Annual report on the mental hospital in the Central Provinces and Berar (Nagpur) - 1927-1951
Year: 1927
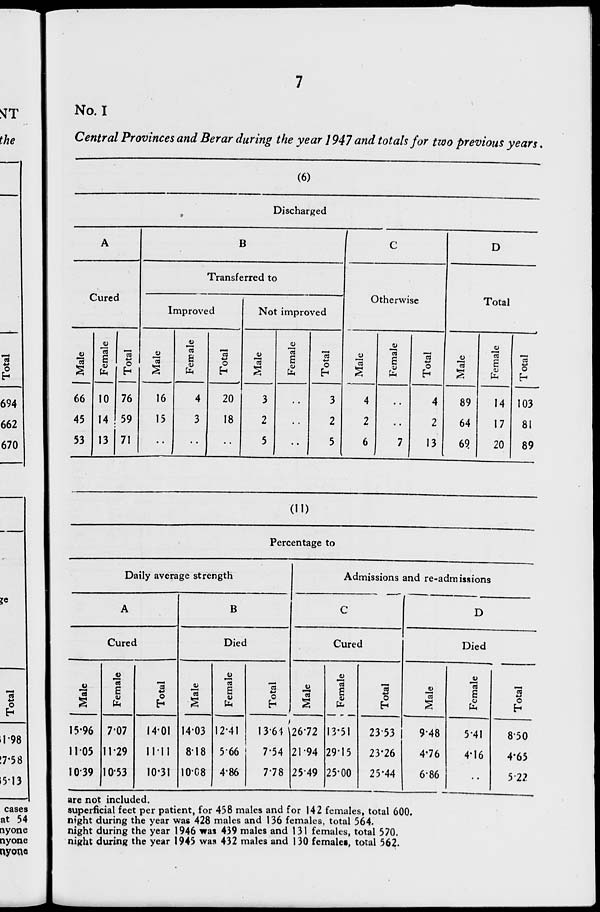
No. I
Central Provinces and Berar during the year 1947 and totals for two previous years.
(6)
Discharged
A
B
i
C
D
Transfe :rred tc ►
Otherwise
Total
Cured
Improved
Nol : improved
JZ
1
fa
10
o o
h
76
3
C3
a
fa
0
8
i
fa
4->
O
h
V
'a
S
-2i
6
u
fa
_
•4->
O
h
"33
8
0)
S
fa
o o
66
16
4
20
3
• .
3
4
. .
4
89
14 103
45 14 59
15
3
18
2
2
2
2
64
17
81
53 13 71
5
-1 5 6 I 7 13
65
20
89
(11)
Percentage to
Daily average strength
Cured
E
fa
15-96 7-07
11 05 11-29
1039 10-53
3
•4-*
O
h
14-01
Mil
10-31
Admissions and re-admissions
B
Died
j>
"c3
CO
g
-a
1)
fa
14'03 12-41
8-18 566
10-08 4-86
0
1364
7-54
7'78
are not included.
superficial feet per patient, for 458 males and for 142 females, total 600.
night during the year was 428 males and 136 females, total 564.
night during the year 1946 was 439 males and 131 females, total 570.
night during the year 1945 was 432 males and 130 femalet, total 562.
D
<
Cured
Died
u
•-<
i
£ 6
fa
13-51
i
Male
E
fa
26-72
2353
9-48
5*41
2194 29-15
23*26
4-76
4*16
2549 25-00
25-44
6-86
2
o
850
4*65
5-22